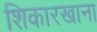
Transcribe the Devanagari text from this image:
शिकारखाना